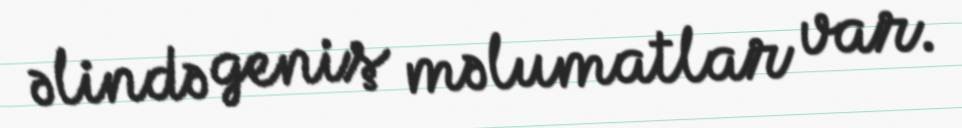
əlində geniş məlumatlar var.